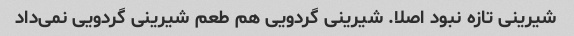
شیرینی تازه نبود اصلا. شیرینی گردویی هم طعم شیرینی گردویی نمی‌داد